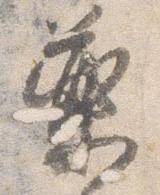
薬